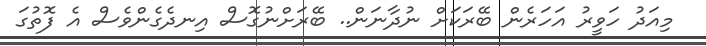
މިއަދު ހަވީރު އަހަރެން ބޭރަކަށް ނުދާނަން.. ބޭރަށްނުގޮސް އިނދެގެންވެސް އެ ފޮތުގަ